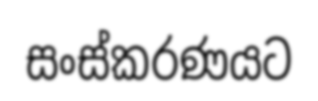
සංස්කරණයට